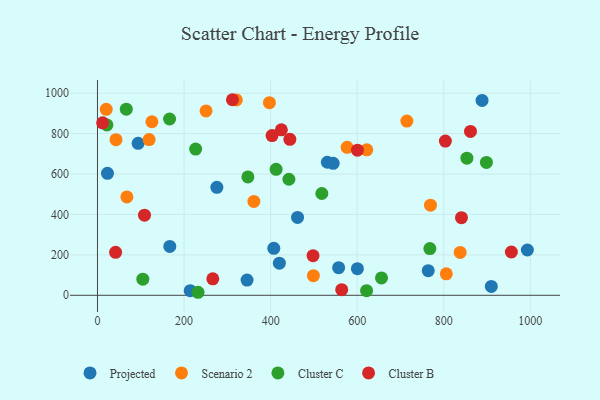
{"axis": {"x": "Engine Size", "y": "Yield"}, "legend": ["Cluster B", "Cluster C", "Projected", "Scenario 2"], "data": [{"x": "462.2", "y": 385.4, "type": "Projected"}, {"x": "345.5", "y": 75.1, "type": "Projected"}, {"x": "909.8", "y": 43.9, "type": "Projected"}, {"x": "600.5", "y": 131.6, "type": "Projected"}, {"x": "167.1", "y": 241.9, "type": "Projected"}, {"x": "764.1", "y": 121.8, "type": "Projected"}, {"x": "557.1", "y": 136.7, "type": "Projected"}, {"x": "888.4", "y": 964.4, "type": "Projected"}, {"x": "275.8", "y": 534.3, "type": "Projected"}, {"x": "420.2", "y": 159.1, "type": "Projected"}, {"x": "993.1", "y": 224.1, "type": "Projected"}, {"x": "544.5", "y": 652.8, "type": "Projected"}, {"x": "93.9", "y": 751.8, "type": "Projected"}, {"x": "23.1", "y": 603.4, "type": "Projected"}, {"x": "214.2", "y": 22.8, "type": "Projected"}, {"x": "407.3", "y": 232.3, "type": "Projected"}, {"x": "531.0", "y": 658.2, "type": "Projected"}, {"x": "250.8", "y": 912.1, "type": "Scenario 2"}, {"x": "498.8", "y": 96.8, "type": "Scenario 2"}, {"x": "714.7", "y": 862.2, "type": "Scenario 2"}, {"x": "320.7", "y": 966.5, "type": "Scenario 2"}, {"x": "397.2", "y": 953.1, "type": "Scenario 2"}, {"x": "837.8", "y": 212.3, "type": "Scenario 2"}, {"x": "119.3", "y": 770.7, "type": "Scenario 2"}, {"x": "42.8", "y": 770.0, "type": "Scenario 2"}, {"x": "576.7", "y": 732.4, "type": "Scenario 2"}, {"x": "125.7", "y": 858.7, "type": "Scenario 2"}, {"x": "67.9", "y": 486.7, "type": "Scenario 2"}, {"x": "20.2", "y": 920.3, "type": "Scenario 2"}, {"x": "622.1", "y": 719.6, "type": "Scenario 2"}, {"x": "805.8", "y": 106.1, "type": "Scenario 2"}, {"x": "769.3", "y": 446.0, "type": "Scenario 2"}, {"x": "361.3", "y": 464.3, "type": "Scenario 2"}, {"x": "767.8", "y": 231.2, "type": "Cluster C"}, {"x": "66.6", "y": 920.9, "type": "Cluster C"}, {"x": "621.6", "y": 22.8, "type": "Cluster C"}, {"x": "412.6", "y": 623.1, "type": "Cluster C"}, {"x": "232.3", "y": 14.9, "type": "Cluster C"}, {"x": "104.8", "y": 79.6, "type": "Cluster C"}, {"x": "347.5", "y": 585.9, "type": "Cluster C"}, {"x": "518.3", "y": 503.6, "type": "Cluster C"}, {"x": "898.5", "y": 657.3, "type": "Cluster C"}, {"x": "853.4", "y": 678.5, "type": "Cluster C"}, {"x": "21.8", "y": 843.0, "type": "Cluster C"}, {"x": "226.8", "y": 723.5, "type": "Cluster C"}, {"x": "166.5", "y": 872.3, "type": "Cluster C"}, {"x": "656.1", "y": 85.8, "type": "Cluster C"}, {"x": "442.2", "y": 574.1, "type": "Cluster C"}, {"x": "840.8", "y": 384.0, "type": "Cluster B"}, {"x": "803.7", "y": 763.1, "type": "Cluster B"}, {"x": "403.3", "y": 790.4, "type": "Cluster B"}, {"x": "108.6", "y": 396.6, "type": "Cluster B"}, {"x": "424.8", "y": 818.9, "type": "Cluster B"}, {"x": "498.0", "y": 196.0, "type": "Cluster B"}, {"x": "41.9", "y": 212.8, "type": "Cluster B"}, {"x": "564.2", "y": 27.7, "type": "Cluster B"}, {"x": "11.9", "y": 853.3, "type": "Cluster B"}, {"x": "311.8", "y": 967.7, "type": "Cluster B"}, {"x": "600.6", "y": 718.0, "type": "Cluster B"}, {"x": "266.4", "y": 81.3, "type": "Cluster B"}, {"x": "861.7", "y": 811.0, "type": "Cluster B"}, {"x": "956.1", "y": 214.1, "type": "Cluster B"}, {"x": "444.4", "y": 771.8, "type": "Cluster B"}]}